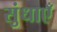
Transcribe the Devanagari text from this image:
सुंधाएँ